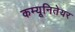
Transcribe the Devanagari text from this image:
कम्यूनितेयर